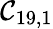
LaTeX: \mathcal{C}_{19,1}